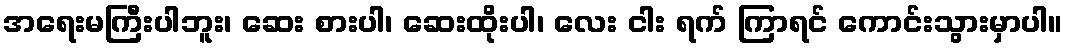
အရေးမကြီးပါဘူး၊ ဆေး စားပါ၊ ဆေးထိုးပါ၊ လေး ငါး ရက် ကြာရင် ကောင်းသွားမှာပါ။